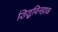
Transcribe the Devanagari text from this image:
शिशुविनहाळ